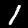
Label: 1